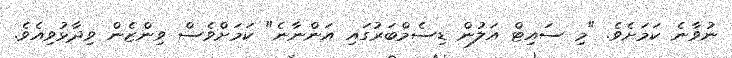
ނުވާނެ ކަމަށެވެ. "މި ސައިޓް އަލުން ޑިސެމްބަރުގައި އަންނާނެ" ކަމަށްވެސް ވިންޒެން ވިދާޅުވިއެވެ.